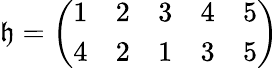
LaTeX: \mathfrak{h}={\left(\begin{array}{lllll}{1}&{2}&{3}&{4}&{5}\\ {4}&{2}&{1}&{3}&{5}\end{array}\right)}